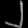
Digit: ၂